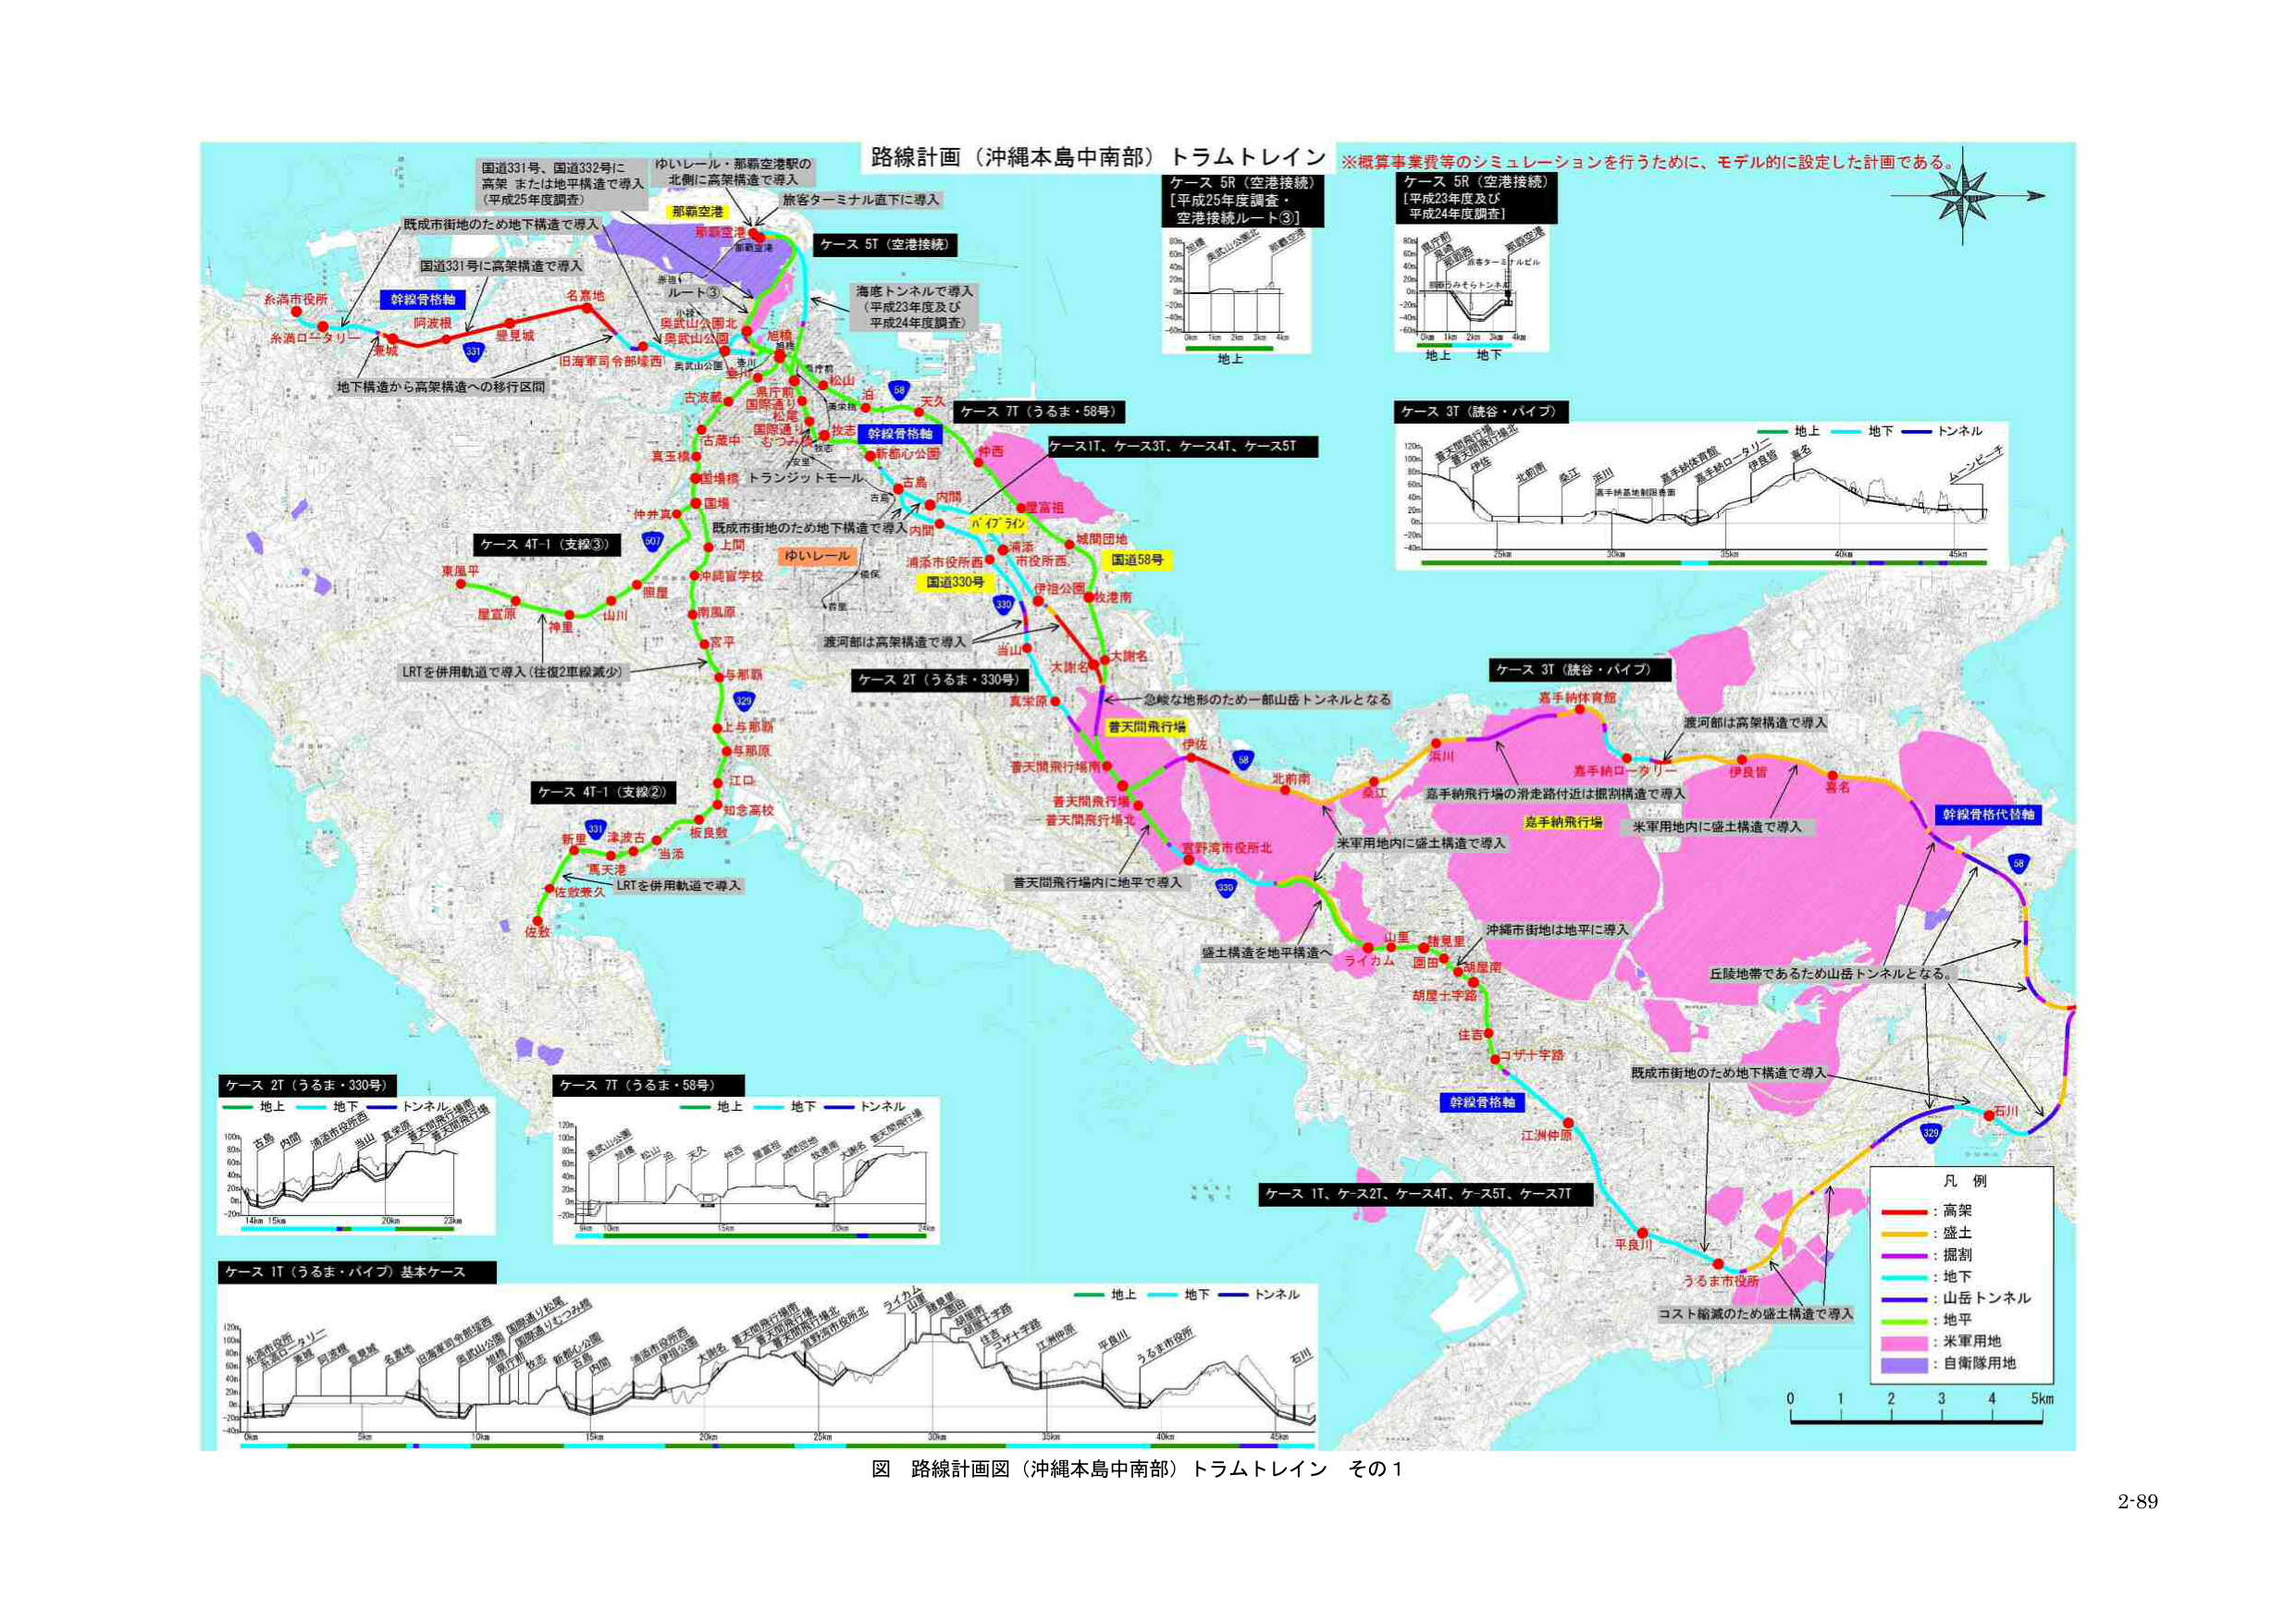
路線計画（沖縄本島中南部）トラムトレイン
※概算事業費等のシミュレーションを行うために、モデル的に設定した計画である。

国道331号、国道332号に
高架または地下構造で導入
（平成25年度調査）

ゆいレール・那覇空港駅の
北側に高架構造で導入

旅客ターミナル直下に導入

那覇空港

ケース 5T（空港接続）

海産トンネルで導入
（平成23年度及び
平成24年度調査）

ケース 5R（空港接続）
[平成25年度調査・
空港接続ルート③]

ケース 5R（空港接続）
[平成23年度及び
平成24年度調査]

地上
地下

ケース 7T（うるま・58号）

ケース1T、ケース3T、ケース4T、ケース5T

ケース 3T（読谷・パイプ）

地上
地下
トンネル

ケース 3T（読谷・パイプ）

嘉手納体育館

渡河部は高架構造で導入

嘉手納飛行場の滑走路付近は掘削構造で導入

嘉手納飛行場

米軍用地内に盛土構造で導入

幹線骨格代替軸

丘陵地帯であるため山岳トンネルとなる。

既成市街地のため地下構造で導入

石川

329

58

幹線骨格軸

江洲仲原

住吉

コザ十字路

胡屋十字路

胡屋南

園田

ライカム

山里

盛土構造を地平構造へ

普天間飛行場内に地平で導入

普天間飛行場北

普天間飛行場南

真栄原

太謝名

当山

大謝名

沖縄市街地は地平に導入

米軍用地内に盛土構造で導入

平良川

うるま市役所

コスト縮減のため盛土構造で導入

ケース 1T、ケース2T、ケース4T、ケース5T、ケース7T

凡例
：高架
：盛土
：掘削
：地下
：山岳トンネル
：地平
：米軍用地
：自衛隊用地

0 1 2 3 4 5km

ケース 4T-1（支線③）

東風平

星宜原

神里

山川

南風原

宮平

与那覇

上与那覇

与那原

江口

知念高校

板良敷

津波古

新里

馬天港

佐敷兼久

佐敷

LRTを併用軌道で導入（往復2車線減少）

国道330号

330

329

327

307

331

ケース 4T-1（支線②）

LRTを併用軌道で導入

ケース 2T（うるま・330号）

地上
地下
トンネル

石島
内間
浦添市役所西
当山
真栄原
普天間飛行場南
普天間飛行場

ケース 7T（うるま・58号）

地上
地下
トンネル

奥武山公園
旭橋
松山
泊
天久
仲西
屋富祖
城間団地
牧港南
大謝名
普天間飛行場

ケース 1T（うるま・パイプ）基本ケース

地上
地下
トンネル

糸満市役所
糸満ロータリー
阿波根
名嘉地
豊見城
旧海軍司令部壕西
奥武山公園北
奥武山公園
旭橋
県庁前
国際通り
松尾
松尾
新都心公園
古島
内間
仲西
城間団地
国道58号
伊良皆
喜名
石川
うるま市役所
平良川
江洲仲原
住吉
コザ十字路
胡屋十字路
胡屋南
園田
ライカム
山里
盛土構造を地平構造へ
普天間飛行場北
普天間飛行場南
真栄原
太謝名
当山
大謝名
渡河部は高架構造で導入
米軍用地内に盛土構造で導入
沖縄市街地は地平に導入
丘陵地帯であるため山岳トンネルとなる。
既成市街地のため地下構造で導入
コスト縮減のため盛土構造で導入

幹線骨格軸

幹線骨格代替軸

国道331号に高架構造で導入

既成市街地のため地下構造で導入

地下構造から高架構造への移行区間

ゆいレール

沖縄市役所

沖縄市役所西

沖縄市役所北

嘉手納ロータリー

伊良皆

喜名

石川

うるま市役所

平良川

江洲仲原

住吉

コザ十字路

胡屋十字路

胡屋南

園田

ライカム

山里

盛土構造を地平構造へ

普天間飛行場北

普天間飛行場南

真栄原

太謝名

当山

大謝名

渡河部は高架構造で導入

米軍用地内に盛土構造で導入

沖縄市街地は地平に導入

丘陵地帯であるため山岳トンネルとなる。

既成市街地のため地下構造で導入

コスト縮減のため盛土構造で導入

図 路線計画図（沖縄本島中南部）トラムトレイン その1

2-89